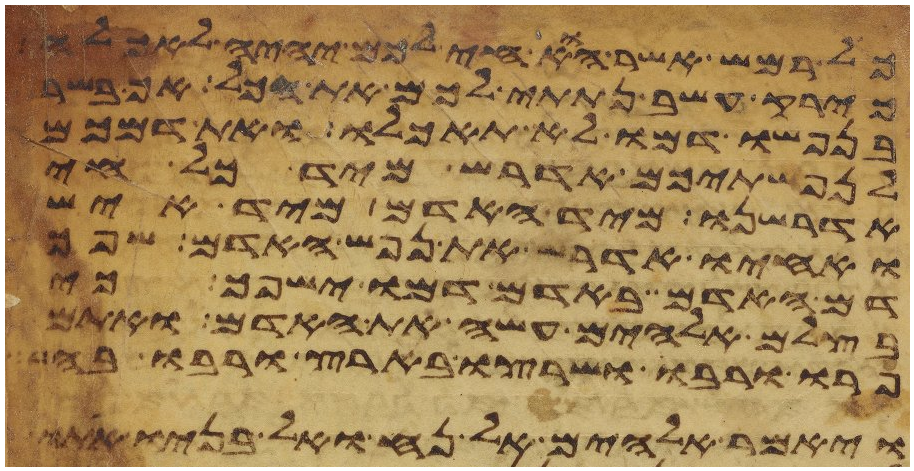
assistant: כל רמש אשר הוא חי לכם יהיה לאכלה
כירק עשב נתתי לכם את הכל אך בשר
בנפשו דמו לא תאכלו ואת דמכם
לנפשתיכם אדרש מיד כל חי
אדרשנו מיד האדם מיד איש
ואחיו אדרש את נפש האדם שפך
דם האדם באדם דמו ישפך כי
בצלם אלהים עשה את האדם ואתם
פרו ורבו ושרצו בארץ ורבו בה
ויאמר אלהים אל נח ואל בניו אתו